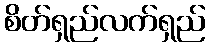
စိတ်ရှည်လက်ရှည်